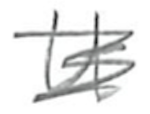
Text: It
Cross-out: scratch
Writing tool: pencil